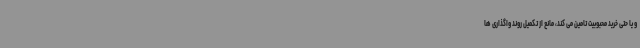
و یا حتی خرید محبوبیت تامین می کند، مانع از تکمیل روند واگذاری ها